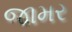
જામર